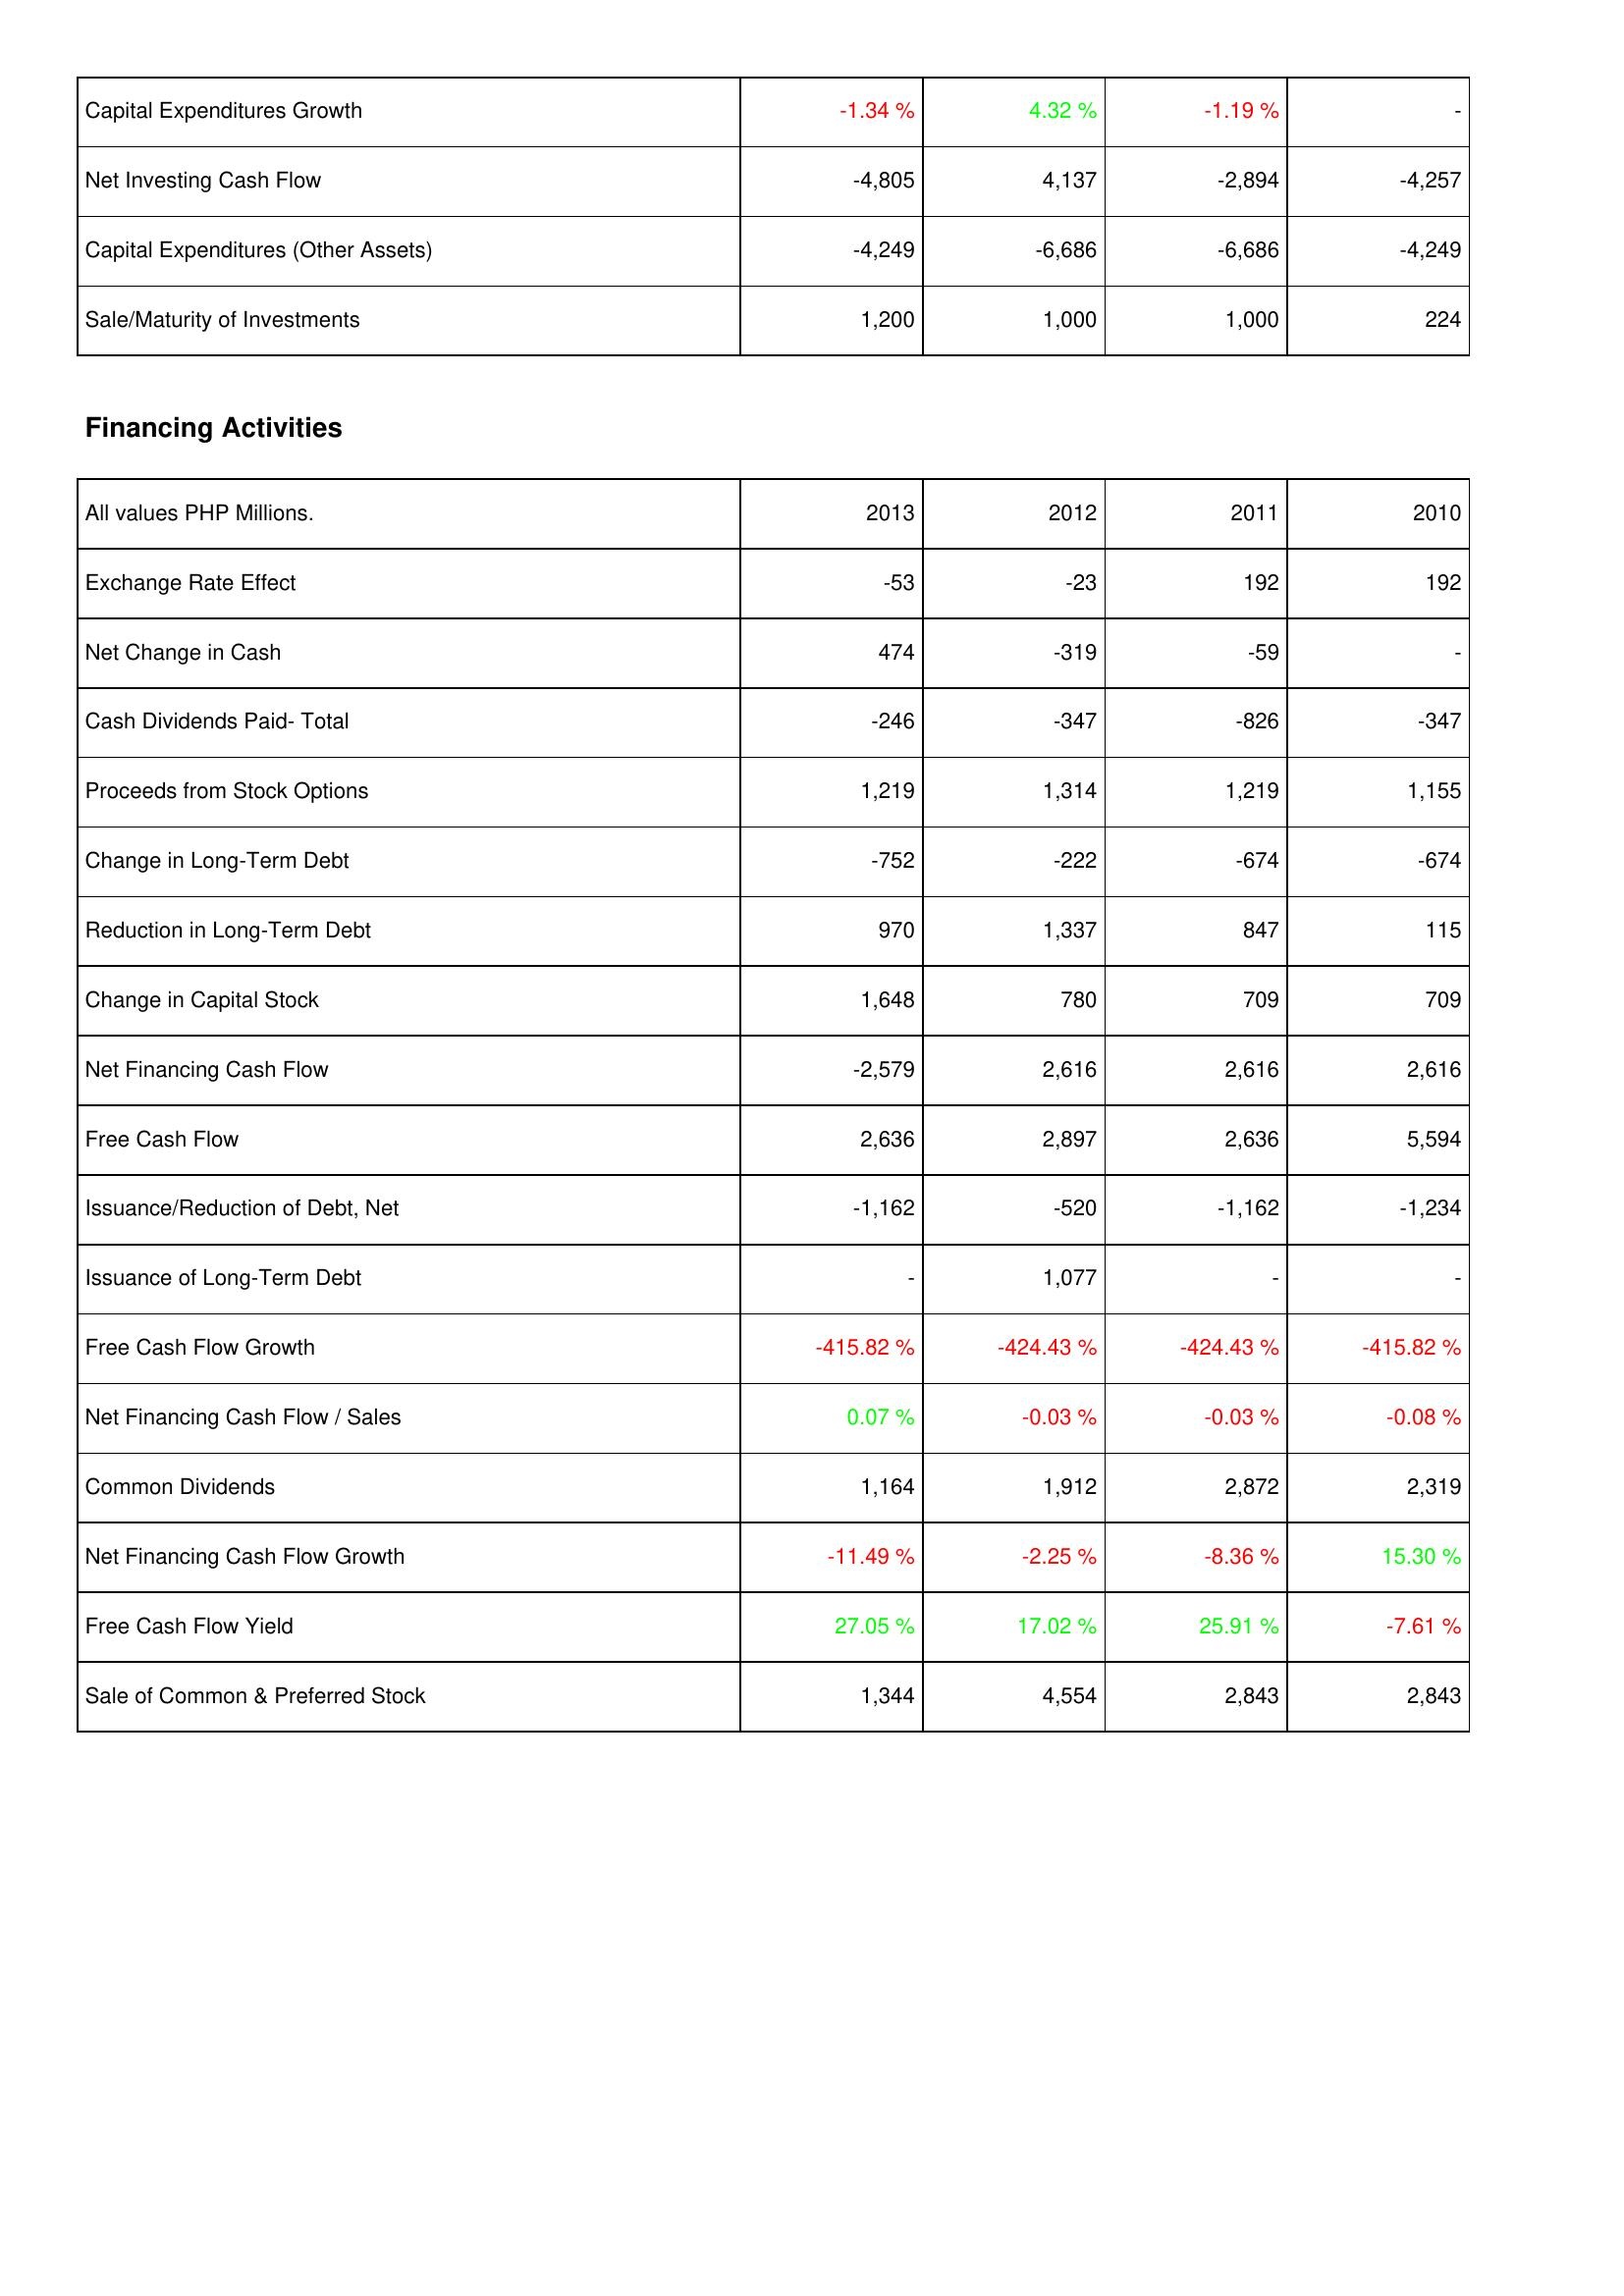
2013: Investing Activities: Capital Expenditures Growth: -1.34 %
Net Investing Cash Flow: -4,805
Capital Expenditures (Other Assets): -4,249
Sale/Maturity of Investments: 1,200
Financing Activities: Exchange Rate Effect: -53
Net Change in Cash: 474
Cash Dividends Paid- Total: -246
Proceeds from Stock Options: 1,219
Change in Long-Term Debt: -752
Reduction in Long-Term Debt: 970
Change in Capital Stock: 1,648
Net Financing Cash Flow: -2,579
Free Cash Flow: 2,636
Issuance/Reduction of Debt, Net: -1,162
Issuance of Long-Term Debt: -
Free Cash Flow Growth: -415.82 %
Net Financing Cash Flow / Sales: 0.07 %
Common Dividends: 1,164
Net Financing Cash Flow Growth: -11.49 %
Free Cash Flow Yield: 27.05 %
Sale of Common & Preferred Stock: 1,344
2012: Investing Activities: Capital Expenditures Growth: 4.32 %
Net Investing Cash Flow: 4,137
Capital Expenditures (Other Assets): -6,686
Sale/Maturity of Investments: 1,000
Financing Activities: Exchange Rate Effect: -23
Net Change in Cash: -319
Cash Dividends Paid- Total: -347
Proceeds from Stock Options: 1,314
Change in Long-Term Debt: -222
Reduction in Long-Term Debt: 1,337
Change in Capital Stock: 780
Net Financing Cash Flow: 2,616
Free Cash Flow: 2,897
Issuance/Reduction of Debt, Net: -520
Issuance of Long-Term Debt: 1,077
Free Cash Flow Growth: -424.43 %
Net Financing Cash Flow / Sales: -0.03 %
Common Dividends: 1,912
Net Financing Cash Flow Growth: -2.25 %
Free Cash Flow Yield: 17.02 %
Sale of Common & Preferred Stock: 4,554
2011: Investing Activities: Capital Expenditures Growth: -1.19 %
Net Investing Cash Flow: -2,894
Capital Expenditures (Other Assets): -6,686
Sale/Maturity of Investments: 1,000
Financing Activities: Exchange Rate Effect: 192
Net Change in Cash: -59
Cash Dividends Paid- Total: -826
Proceeds from Stock Options: 1,219
Change in Long-Term Debt: -674
Reduction in Long-Term Debt: 847
Change in Capital Stock: 709
Net Financing Cash Flow: 2,616
Free Cash Flow: 2,636
Issuance/Reduction of Debt, Net: -1,162
Issuance of Long-Term Debt: -
Free Cash Flow Growth: -424.43 %
Net Financing Cash Flow / Sales: -0.03 %
Common Dividends: 2,872
Net Financing Cash Flow Growth: -8.36 %
Free Cash Flow Yield: 25.91 %
Sale of Common & Preferred Stock: 2,843
2010: Investing Activities: Capital Expenditures Growth: -
Net Investing Cash Flow: -4,257
Capital Expenditures (Other Assets): -4,249
Sale/Maturity of Investments: 224
Financing Activities: Exchange Rate Effect: 192
Net Change in Cash: -
Cash Dividends Paid- Total: -347
Proceeds from Stock Options: 1,155
Change in Long-Term Debt: -674
Reduction in Long-Term Debt: 115
Change in Capital Stock: 709
Net Financing Cash Flow: 2,616
Free Cash Flow: 5,594
Issuance/Reduction of Debt, Net: -1,234
Issuance of Long-Term Debt: -
Free Cash Flow Growth: -415.82 %
Net Financing Cash Flow / Sales: -0.08 %
Common Dividends: 2,319
Net Financing Cash Flow Growth: 15.30 %
Free Cash Flow Yield: -7.61 %
Sale of Common & Preferred Stock: 2,843